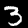
Label: 3